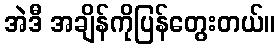
အဲဒီ အချိန်ကိုပြန်တွေးတယ်။